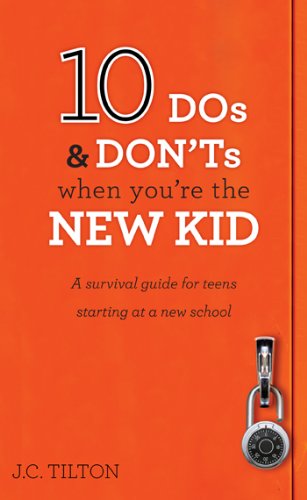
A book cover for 10 Dos & Don'ts When You're The New Kid - A survival guide for teens starting at a new school; J. C. Tilton; Teen & Young Adult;